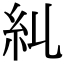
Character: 𥾆